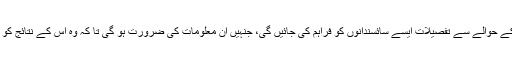
تاہم انہوں نے کہا کہ اس وائرس کے حوالے سے تفصیلات ایسے سائسندانوں کو فراہم کی جائیں گی، جنہیں ان معلومات کی ضرورت ہو گی تا کہ وہ اس کے نتائج کو اپنی تحقیق میں استعمال کر سکیں۔